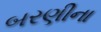
બરણીના